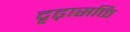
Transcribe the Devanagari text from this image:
दृढ़ासक्ति